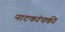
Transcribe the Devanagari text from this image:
नाटकांपकी